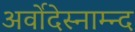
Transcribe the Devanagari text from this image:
अर्वोदेस्नाम्न्द